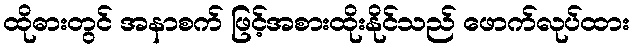
ထိုဓားတွင် အနာစက် ဖြင့်အစားထိုးနိုင်သည် ဖောက်လုပ်ထား